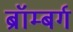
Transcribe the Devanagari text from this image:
ब्रॉम्बर्ग